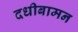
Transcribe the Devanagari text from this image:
दधीबामन